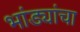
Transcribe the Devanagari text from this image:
भांड्यांचा